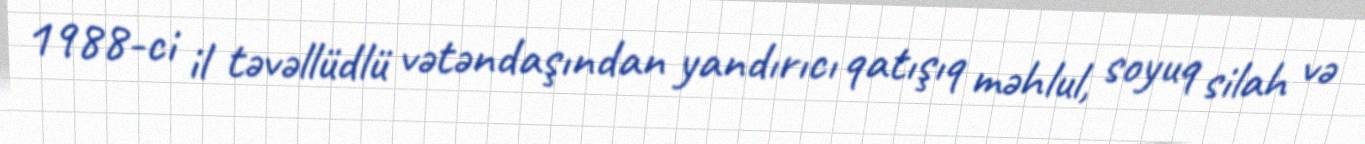
1988-ci il təvəllüdlü vətəndaşından yandırıcı qatışıq məhlul, soyuq silah və